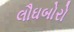
લૌઘબોરો